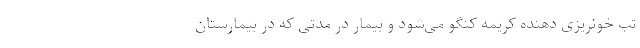
تب خونریزی دهنده کریمه کنگو می‌شود و بیمار در مدتی که در بیمارستان